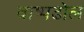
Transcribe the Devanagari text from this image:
वाष्पढोल